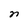
Character: n